Annual report of the Punjab Veterinary College and of the Civil Veterinary Department, Punjab - 1894-1908
Year: 1894
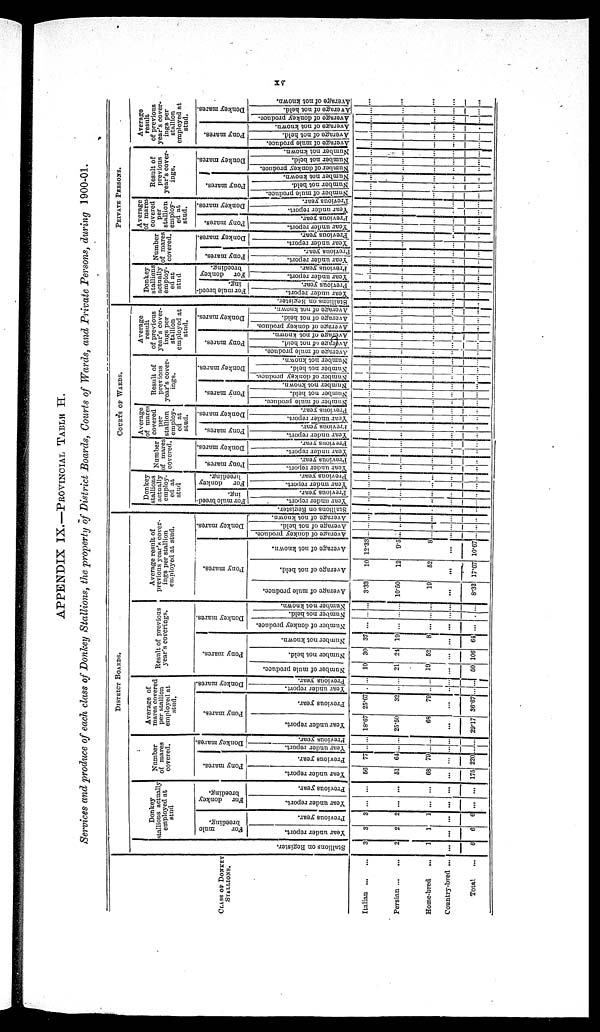
XV
APPENDIX IX.—PROVINCIAL TABLE H.
Services and produce of each class of Donkey Stallions, the property of District Boards, Courts of Wards, and Private Persons, during 1900-01.
CLASS OF DONKEY
STALLIONS.
Italian
...
...
Persian
...
...
Home-bred
...
Country-bred ...
Total ...
DISTRICT BOARDS.
Stallions on Regi s t
er .
3
2
1
...
6
Donkey
stallllions
actually
employed at
stud
For
mule
breeding.
Year under report.
3
2
1
...
6
Previous year.
3
2
1
...
6
For donkey
breeding.
Year under report.
...
...
...
...
...
Previous year.
...
...
...
...
...
Number
of mares
covered.
Pony mares.
Year
under report.
56
51
68
...
175
Previous year.
77
64
79
...
220
Donkey mares.
Year under report.
...
...
...
.....
...
Previous year.
...
...
...
...
...
Average of
mares covered
per stallions
employed at
stud.
Pony mares.
Year under report.
18.67
25.50
68
...
29.17
Previous year.
25.67
32
70
...
36.67
Donkey mares.
Year under report.
...
...
...
...
...
Previous year.
...
...
...
...
...
Result of prevcious
year's coverings.
Pony mares.
Number of mule produce.
10
21
19
...
50
Number not held.
30
21
52
...
106
Number not known.
37
19
8
...
64
Donkey mares.
Number of donkey produce.
...
...
...
...
...
Number not held.
...
...
...
...
...
Number not known.
...
...
...
...
...
COURTS OF WARDS
Average result of
previous year's cover-
ings per stallion
employed at stud.
Pony marcs.
Average of mule produce.
3.33
10.50
10
...
8.33
Average of not held.
10
12
52
...
17.67
Average of not known.
12.33
9.5
8
...
10.67
Donkey mares.
Average of donkey produce.
...
...
...
...
...
Average of not held.
...
...
...
...
...
Average of not known.
...
...
...
...
...
Stallions on Regi s t
er .
...
...
...
...
Donkey
stallions
actually
employ-
ed at
stud
For mule breed-
ing.
Year under report.
...
...
..
...
...
Previous year.
...
...
...
...
...
For donkey
breeding.
Year under report.
...
...
...
...
...
Previous year.
...
...
...
...
...
Number
of mares
covered.
Pony mares.
Year under report.
...
...
..
..
...
Previous year.
...
...
...
...
...
Donkey mares.
Year under report.
...
...
...
...
...
Previous year.
...
...
...
...
...
Average
of mares
covered
per
stallion
employ-
ed at
stud.
Pony marcs.
Year under report.
...
...
...
...
...
Previous year.
...
...
...
...
...
Donkey mares.
Year under report.
...
...
...
...
Previous year.
...
...
...
...
...
Result of
previous
year's cover-
ings.
Pony marcs.
Number
of mule produce.
...
..
...
...
Number not held.
...
...
...
...
...
Number
not known.
...
...
...
...
...
Donkey marcs.
Number of donkey produce.
...
...
...
...
...
Number not held.
...
...
...
...
Number not known.
...
..
...
...
...
Average
result
of previous
year's cover-
ings per
stallion
employed at
stud.
Pony marcs.
Average of mule produce.
...
...
...
..
...
Average of not held.
...
...
...
...
...
Average
of not known.
...
...
...
...
...
Donkey mares.
Average of donkey produce.
..
..
...
...
...
Average of not held.
...
...
...
...
...
Average of not known.
...
...
...
...
...
PRIVATE PERSONS.
Stallions on Register.
...
...
...
...
...
Donkey
stallions
actually
employ-
ed at
stud
For mule breed-
ing.
Year under report.
...
...
...
...
...
Previous year.
...
...
...
...
...
For donkey
breeding.
Year under report.
..
...
...
...
...
Previous year.
...
...
...
...
...
Number
of mares
covered.
Pony mares.
Year under report.
...
...
...
...
..
Previous year.
...
...
...
...
...
Donkey mares.
Year under report.
...
...
...
...
...
Previous year.
...
...
...
..
...
Average
of mare-
covered
per
stallion
employ-
ed at
stud.
Pony mares.
Year under report.
...
...
...
...
...
Previous year.
...
...
...
...
...
Donkey marcs.
Year under report.
...
...
...
...
...
Previous year.
...
...
...
...
...
Result of
previous
year's cover-
ings.
Pony mares.
Number of mule produce.
...
...
...
...
...
Number not held.
...
...
...
...
...
Number not known.
...
...
...
...
...
Donkey mares.
Number of donkey produce.
...
...
...
...
...
Number not held.
...
...
...
...
...
Number not known.
...
...
...
...
...
Average
result
of previous
year's cover-
ings per
stallion
employed at
stud.
Pony mares.
Average of mule produce.
...
...
...
...
...
Average of not held.
...
...
...
...
...
Average of not known.
...
...
...
...
...
Donkey mares.
Average of donkey produce.
...
...
...
...
...
Average of not held.
...
...
...
...
...
Average
of not known.
...
...
...
...
...